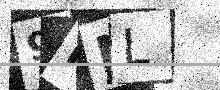
Text: 9PNL